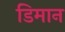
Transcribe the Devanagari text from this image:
डिमान